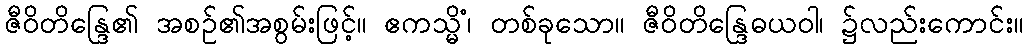
ဇီဝိတိန္ဒြေ၏ အစဉ်၏အစွမ်းဖြင့်။ ဧကသ္မိံ၊ တစ်ခုသော။ ဇီဝိတိန္ဒြေဓယဝါ၊ ၌လည်းကောင်း။